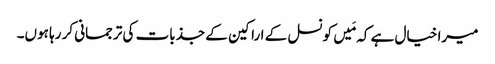
میرا خیال ہے کہ مَیں کونسل کے اراکین کے جذبات کی ترجمانی کر رہا ہوں۔